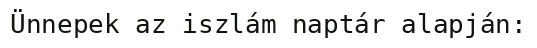
Ünnepek az iszlám naptár alapján: